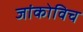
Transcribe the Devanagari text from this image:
जांकोविच